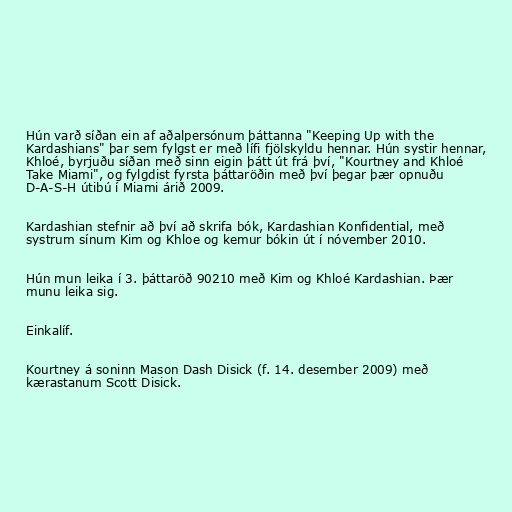
Hún varð síðan ein af aðalpersónum þáttanna "Keeping Up with the
Kardashians" þar sem fylgst er með lífi fjölskyldu hennar. Hún systir hennar,
Khloé, byrjuðu síðan með sinn eigin þátt út frá því, "Kourtney and Khloé
Take Miami", og fylgdist fyrsta þáttaröðin með því þegar þær opnuðu
D-A-S-H útibú í Miami árið 2009.

Kardashian stefnir að því að skrifa bók, Kardashian Konfidential, með
systrum sínum Kim og Khloe og kemur bókin út í nóvember 2010.

Hún mun leika í 3. þáttaröð 90210 með Kim og Khloé Kardashian. Þær
munu leika sig.

Einkalíf.

Kourtney á soninn Mason Dash Disick (f. 14. desember 2009) með
kærastanum Scott Disick.